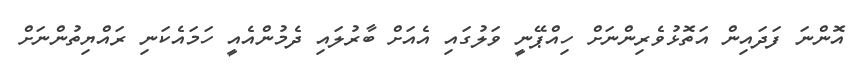
އޮންނަ ފަދައިން އަތޮޅުވެރިންނަށް ހިއްޕޭނީ ވަލުގައި އެއަށް ބާރުލައި ދެމުންއެއީ ހަމައެކަނި ރައްޔިތުންނަށް